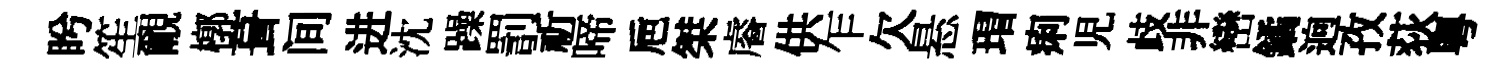
盻笙覼槨葺间进沈躁罰祈啼巵桀𥈠供乍欠悬瑁痢児歧非巒鐍逈孜荻粵